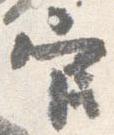
官